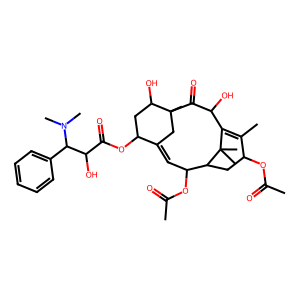
SMILES: CC(=O)OC1CC2C(OC(C)=O)C=C3CC(C)(C(=O)C(O)C(=C1C)C2(C)C)C(O)CC3OC(=O)C(O)C(c1ccccc1)N(C)C
Inhibits HIV replication: No